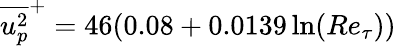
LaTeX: \overline{{u_{p}^{2}}}^{+}=46(0.08+0.0139\ln(Re_{\tau}))